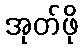
အုတ်ဖို